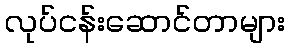
လုပ်ငန်းဆောင်တာများ